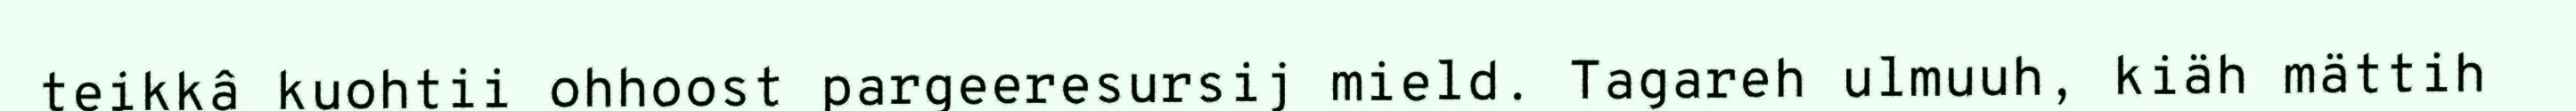
teikkâ kuohtii ohhoost pargeeresursij mield. Tagareh ulmuuh, kiäh mättih